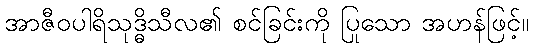
အာဇီဝပါရိသုဒ္ဓိသီလ၏ စင်ခြင်းကို ပြုသော အဟန်ဖြင့်။